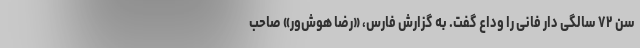
سن ۷۲ سالگی دار فانی را وداع گفت. به گزارش فارس، «رضا هوش‌ور» صاحب